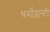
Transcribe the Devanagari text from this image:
थर्मोप्लास्टी